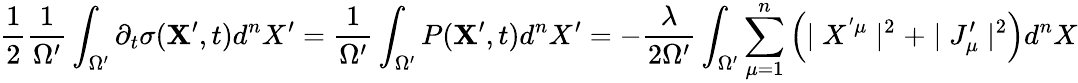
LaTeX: \frac{1}{2}\frac{1}{{\Omega}^{\prime}}\int_{\Omega^{\prime}}\partial_{t}\sigma({\mathbf X^{\prime}},t)d^{n}X^{\prime}=\frac{1}{{\Omega}^{\prime}}\int_{\Omega^{\prime}}P({\mathbf X^{\prime}},t)d^{n}X^{\prime}=-\frac{\lambda}{2\Omega^{\prime}}\int_{\Omega^{\prime}}\sum_{\mu=1}^{n}\left(\mid X^{'\mu}\mid^{2}+\mid J_{\mu}^{\prime}\mid^{2}\right)d^{n}X